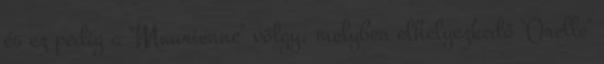
és ez pedig a "Maurienne" völgy, melyben elhelyezkedő "Orelle"